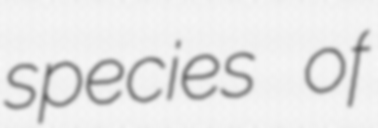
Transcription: species of